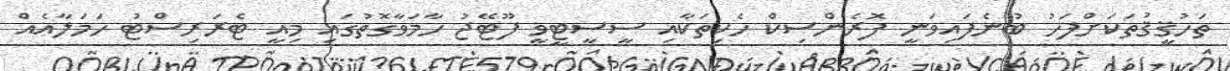
ތަހުޤީޤުތަކަށްފަހު ބުނެފައިވަނީ ފޮރެންސިކް ހެކިތަކާއި ސީސީޓީވީ ފޫޓޭޖު ހާމަވާގޮތުގައި މިއީ ޓެރަރިސްޓު ހަމަލާއެއް